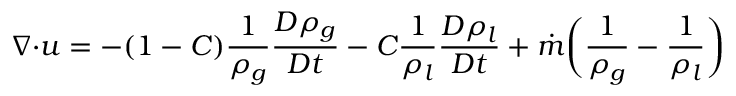
\boldsymbol { \nabla \cdot } \boldsymbol { u } = - ( 1 - C ) \frac { 1 } { \rho _ { g } } \frac { D \rho _ { g } } { D t } - C \frac { 1 } { \rho _ { l } } \frac { D \rho _ { l } } { D t } + \dot { m } \bigg ( \frac { 1 } { \rho _ { g } } - \frac { 1 } { \rho _ { l } } \bigg )